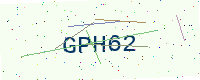
Text: GPH62